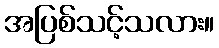
အပြစ်သင့်သလား။